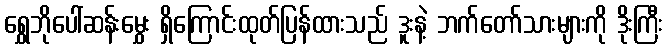
ရွှေဘိုပေါ်ဆန်းမွှေး ရှိကြောင်းထုတ်ပြန်ထားသည် ဒူးနဲ့ ဘက်တော်သားများကို ဒိုးကြီး